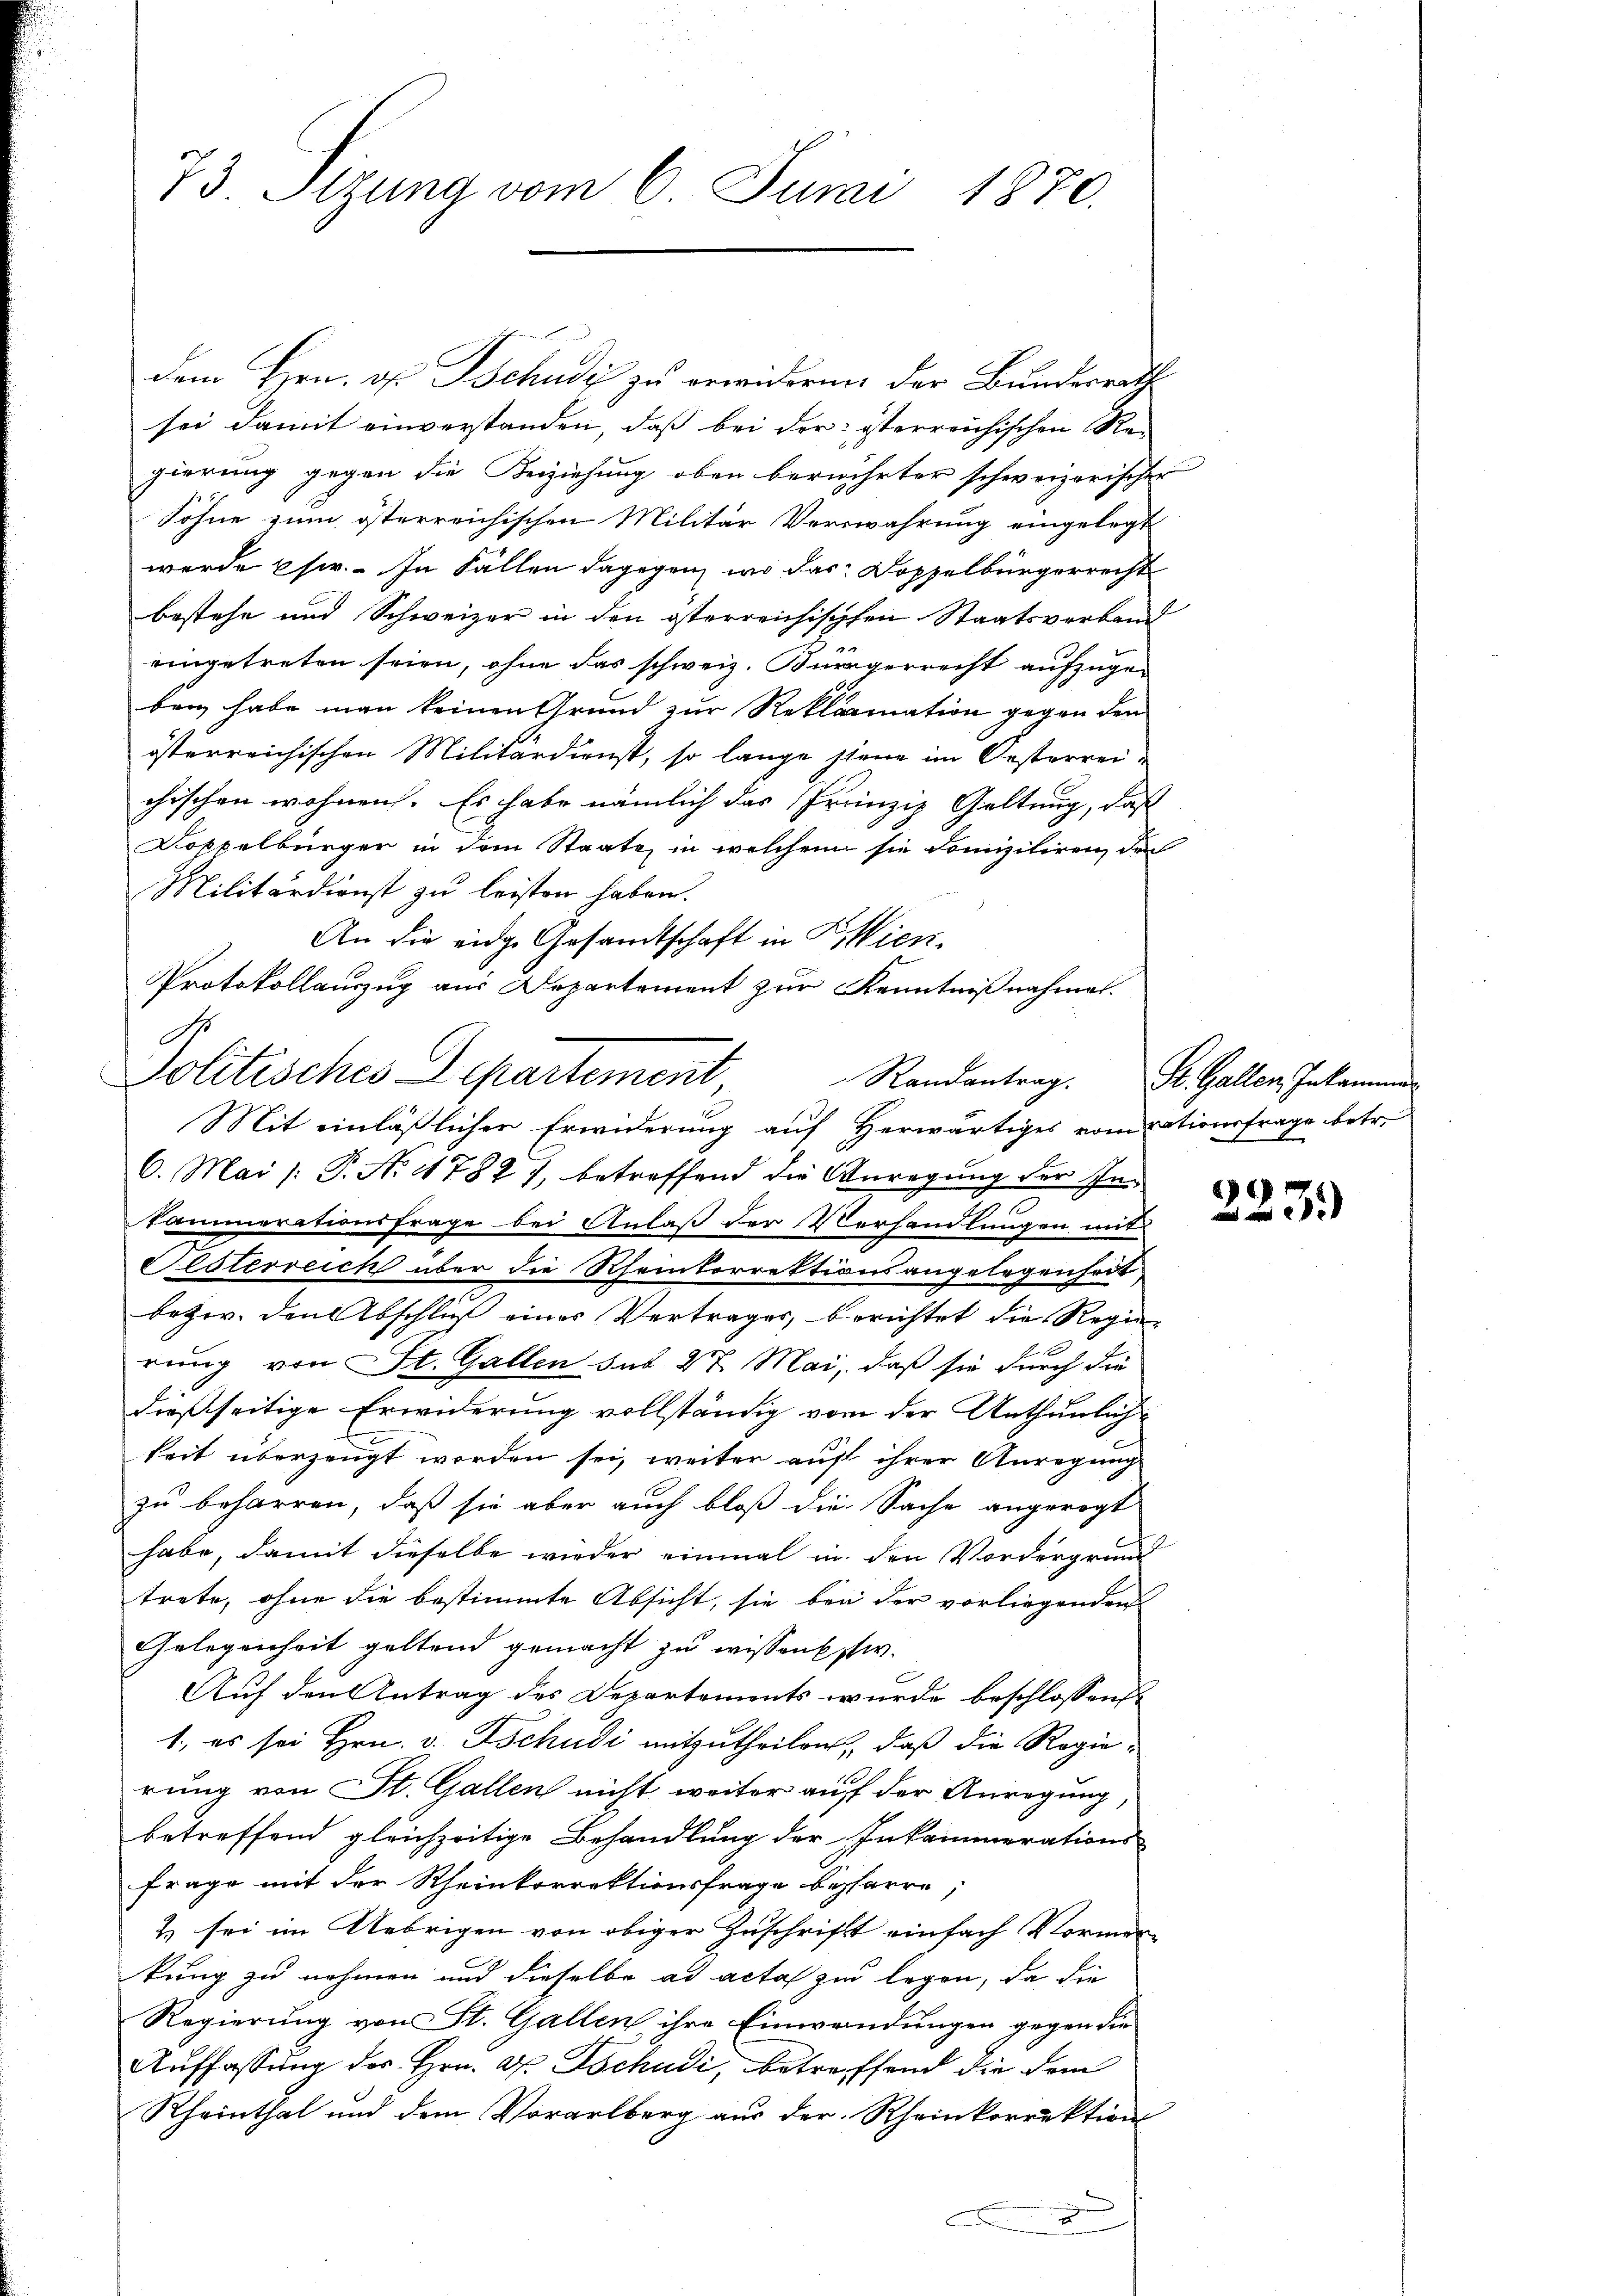
dem Hrn. G. Tschudi zu erwideren der Bundesrathe
sei damit einverstanden, daß bei der österreichischen Re-
gierung gegen die Beiziehung oben berührter schweizerischer
Söhne zum österreichischen Militär Verwahrung eingelegt
werde sr. In Fällen dagegen, wo das Doppelbürgerrecht
bestehe und Schweizer in den österreichischen Staatsverband
eingetreten seien, ohne das schweiz. Bürgerrecht aufzugebei habe man keinen Grund zur Reklamation gegen den
österreichischen Militärdienst, so lange siene im Oesterrei
chischen wohnen. Es habe nämlich das Prinzip Geltung, daß
Dokkelburger in dem Staate, in welchem sie domiziliren, da
Militärdienst zu leisten haben.
An die eidge Gesandtschaft in P. Wien¬
Protokollauszug aus Departement zur Kenntnißnahmen.
No
Politisches Departement
Randantrag. St. Gallen Inkammen
Mit einläßlichen Erwiderung auf Herwärtiges vom rationsfrage betr.
C. Mai /: P. No 11787 7, betreffend die Anregung der Ine
kammerationsfrage bei Anlaß der Verhandlungen mit
Festerreich über die Rheinkorrektionsangelegenheit
bezw. den Abschließ eines Vertrages, berichtet die Regen-
rung von St. Gallen sub 27. Mai, daß sie durch die
dießseitige Erwiderung vollständig von der Unthunlichkeit überzeugt worden sei, weiter auf ihrer Anregung
zu beharren, daß sie aber auch bloß die Sache angeregt
habe, damit dieselbe wieder einmal in den Vordergrund
trete, ohne die bestimmte Absicht, sie bei der vorliegenden
Gelegenheit geltend gemacht zu wissenschw.
Auf den Antrag des Departements wurde beschlossens
1., es sei Hrn. v. Tschudi mitzutheilen, daß die Regierung von St. Gallen nicht weiter auf der Anregung
betreffend gleichzeitige Behandlung der Inkammerations-
Frage mit der Rheinkorrektionsfrage bepfarre
2 sei im Uebrigen von obiger Zuschrift einfach Vormer
kung zu nehmen und dieselbe ad acta zu legen, da die
Regierung von St. Gallen ihre Einwendungen gegen die
Auffassung des Hrn. G. Tschudi, betreffend die dem
Rheinthal und dem Vorarlberg aus der Rheinkorrektion
x

73. Stzung vom 6. Juni 1870.

2239)